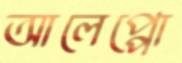
আলেপ্পো